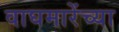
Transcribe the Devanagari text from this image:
वाघमारेंच्या